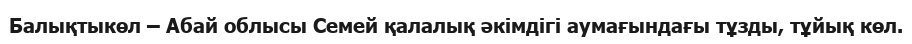
Балықтыкөл – Абай облысы Семей қалалық әкімдігі аумағындағы тұзды, тұйық көл.